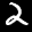
Digit: 2